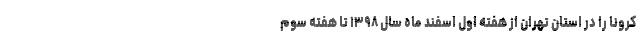
کرونا را در استان تهران از هفته اول اسفند ماه سال ۱۳۹۸ تا هفته سوم